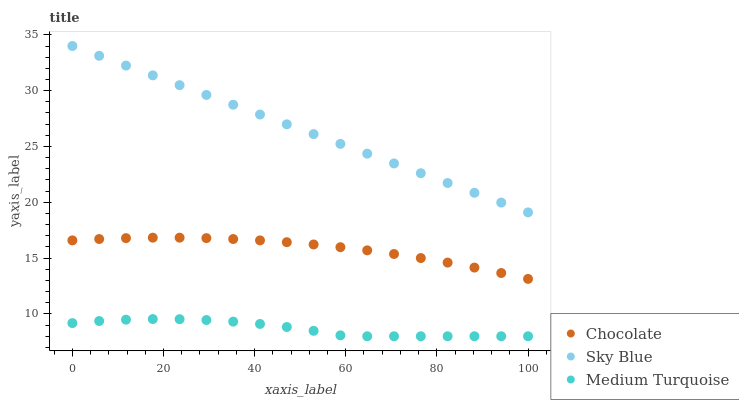
| xaxis_label | Chocolate | Sky Blue | Medium Turquoise |
 | --- | --- | --- | --- |
 | 0 | 16.6 | 34 | 9.18 |
 | 5.88 | 16.7 | 33.1 | 9.36 |
 | 11.8 | 16.8 | 32.2 | 9.49 |
 | 17.6 | 16.8 | 31.4 | 9.54 |
 | 23.5 | 16.8 | 30.5 | 9.53 |
 | 29.4 | 16.8 | 29.6 | 9.45 |
 | 35.3 | 16.7 | 28.7 | 9.31 |
 | 41.2 | 16.6 | 27.9 | 9.1 |
 | 47.1 | 16.4 | 27 | 8.83 |
 | 52.9 | 16.2 | 26.1 | 8.49 |
 | 58.8 | 16 | 25.2 | 8.08 |
 | 64.7 | 15.7 | 24.4 | 8 |
 | 70.6 | 15.4 | 23.5 | 8 |
 | 76.5 | 15 | 22.6 | 8 |
 | 82.4 | 14.6 | 21.7 | 8 |
 | 88.2 | 14.2 | 20.9 | 8 |
 | 94.1 | 13.7 | 20 | 8 |
 | 100 | 13.1 | 19.1 | 8 |